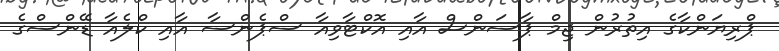
ޕްރިޔަންކާގެ އިތުރުން ޖިމް ޕާސަންސް އާއި އޮކްޓާވިއާ ސްޕެންސާ އާއި ކްލެއާ ޑޭންސްގެ